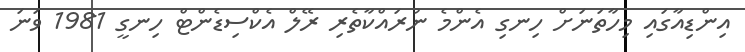
އިންޑިއާގައި މިހާތަނަށް ހިނގި އެންމެ ނުރައްކާތެރި ރޭލް އެކްސިޑެންޓް ހިނގީ 1981 ވަނަ